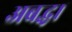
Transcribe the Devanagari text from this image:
अबद्ध।